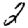
Digit: 2